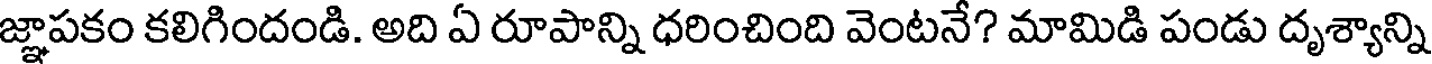
జ్ఞాపకం కలిగిందండి. అది ఏ రూపాన్ని ధరించింది వెంటనే? మామిడి పండు దృశ్యాన్ని